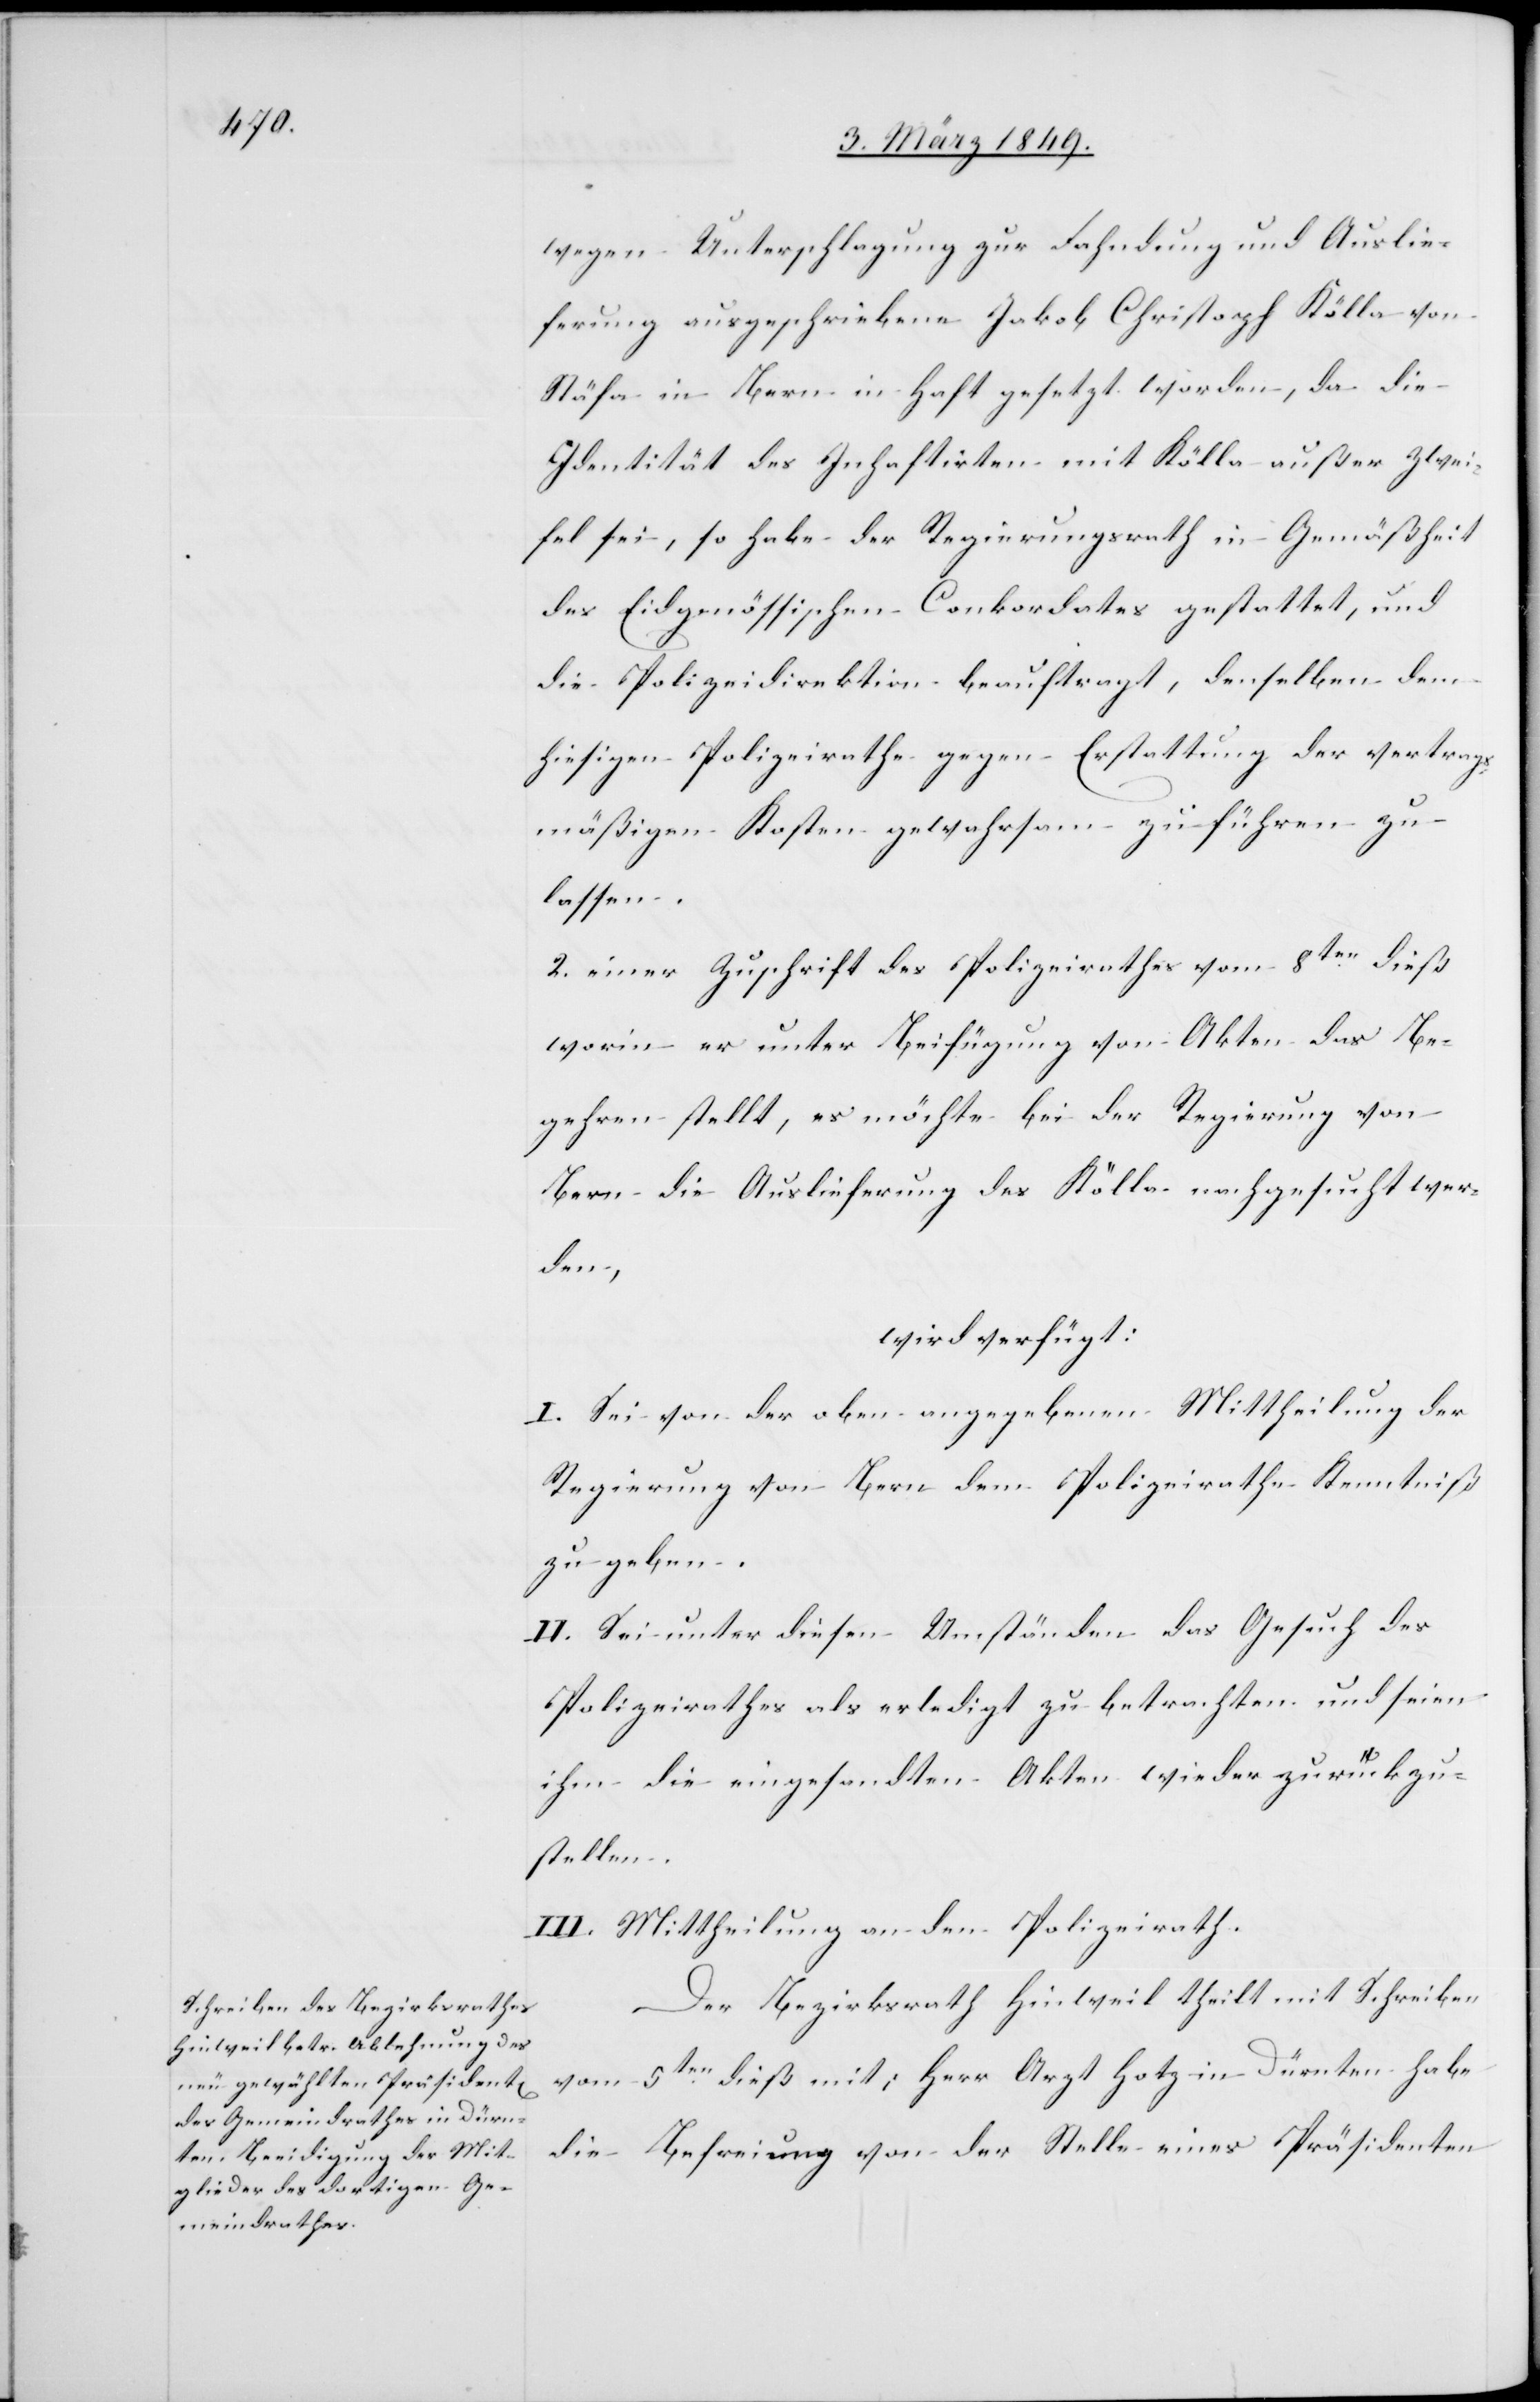
9. März 1849.]
wegen Unterschlagung zur Fahndung und Auslie¬
ferung ausgeschriebene Jakob Christoph Kölla von
Stäfa in Bern in Haft gesetzt worden, da die
Identität des Inhaftirten mit Kölla außer Zwei¬
fel sei, so habe der Regierungsrath in Gemäßheit
des Eidgenössichen Conkordates gestattet, und
die Polizeidirektion beauftragt, denselben dem
hiesigen Polizeirathe gegen Erstattung der vertrags¬
mäßigen Kosten gewahrsam zuführen zu
lassen.
2. einer Zuschrift des Polizeirathes vom 8ten. dieß
worin er unter Beifügung von Akten das Be¬
gehren stellt, es möchte bei der Regierung von
Bern die Auslieferung des Kölla nachgesucht wer¬
den
wird verfügt:
I. Sei von der oben angegebenen Mittheilung der
Regierung von Bern dem Polizeirathe Kenntniß
zu geben.
II. Sei unter diesen Umständen das Gesuch des
Polizeirathes als erledigt zu betrachten und seien
ihm die eingsandten Akten wieder zurückzu¬
stellen.
III. Mittheilung an den Polizeirath.
Der Bezirksrath Hinweil theilt mit Schreiben
vom 5ten. dieß mit: Herr Arzt Hotz in Dürnten habe
die Befreiung von der Stelle eines Präsidenten